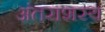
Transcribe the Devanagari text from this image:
अंतराशस्य